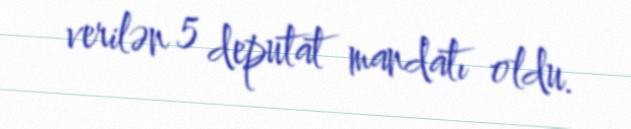
verilən 5 deputat mandatı oldu.